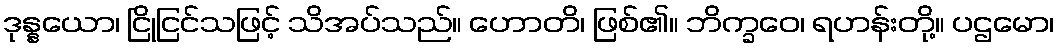
ဒုန္နယော၊ ငြိုငြင်သဖြင့် သိအပ်သည်။ ဟောတိ၊ ဖြစ်၏။ ဘိက္ခဝေ၊ ရဟန်းတို့။ ပဌမော၊